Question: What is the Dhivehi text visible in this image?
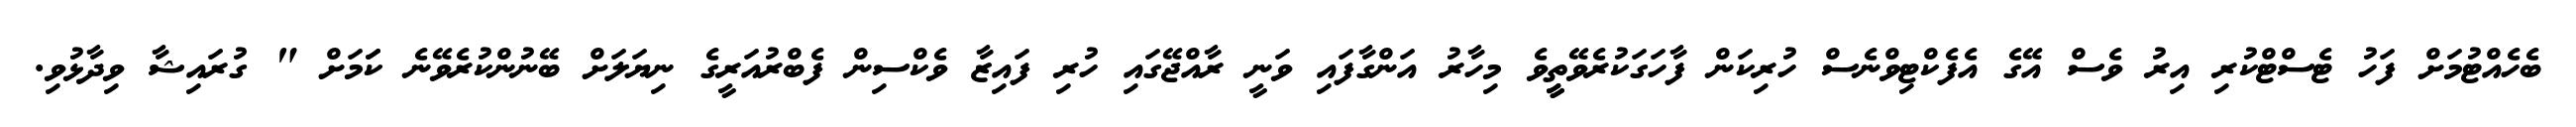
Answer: ބެހެއްޓުމަށް ފަހު ޓެސްޓްކުރި އިރު ވެސް އޭގެ އެފެކްޓިވްނެސް ހުރިކަން ފާހަގަކުރެވޭތީީވެ މިހާރު އަންގާފައި ވަނީ ރާއްޖޭގައި ހުރި ފައިޒާ ވެކްސިން ފެބްރުއަރީގެ ނިޔަލަށް ބޭނުންކުރެވޭނެ ކަަމަށް " ގުރައިޝާ ވިދާޅުވި.